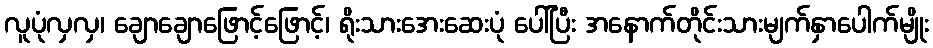
လူပုံလှလှ၊ ချောချောဖြောင့်ဖြောင့်၊ ရိုးသားအေးဆေးပုံ ပေါ်ပြီး အနောက်တိုင်းသားမျက်နှာပေါက်မျိုး